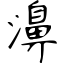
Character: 濞